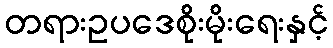
တရားဥပဒေစိုးမိုးရေးနှင့်